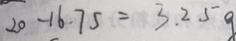
2 0 - 1 6 . 7 5 = 3 . 2 5 g